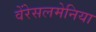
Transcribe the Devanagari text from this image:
वेंरेसलमेनिया